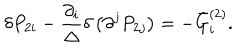
\delta P _ { 2 i } - \frac { \partial _ { i } } \Delta \delta \left( \partial ^ { j } P _ { 2 j } \right) = - \bar { G } _ { i } ^ { ( 2 ) } .